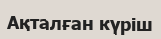
Ақталған күріш